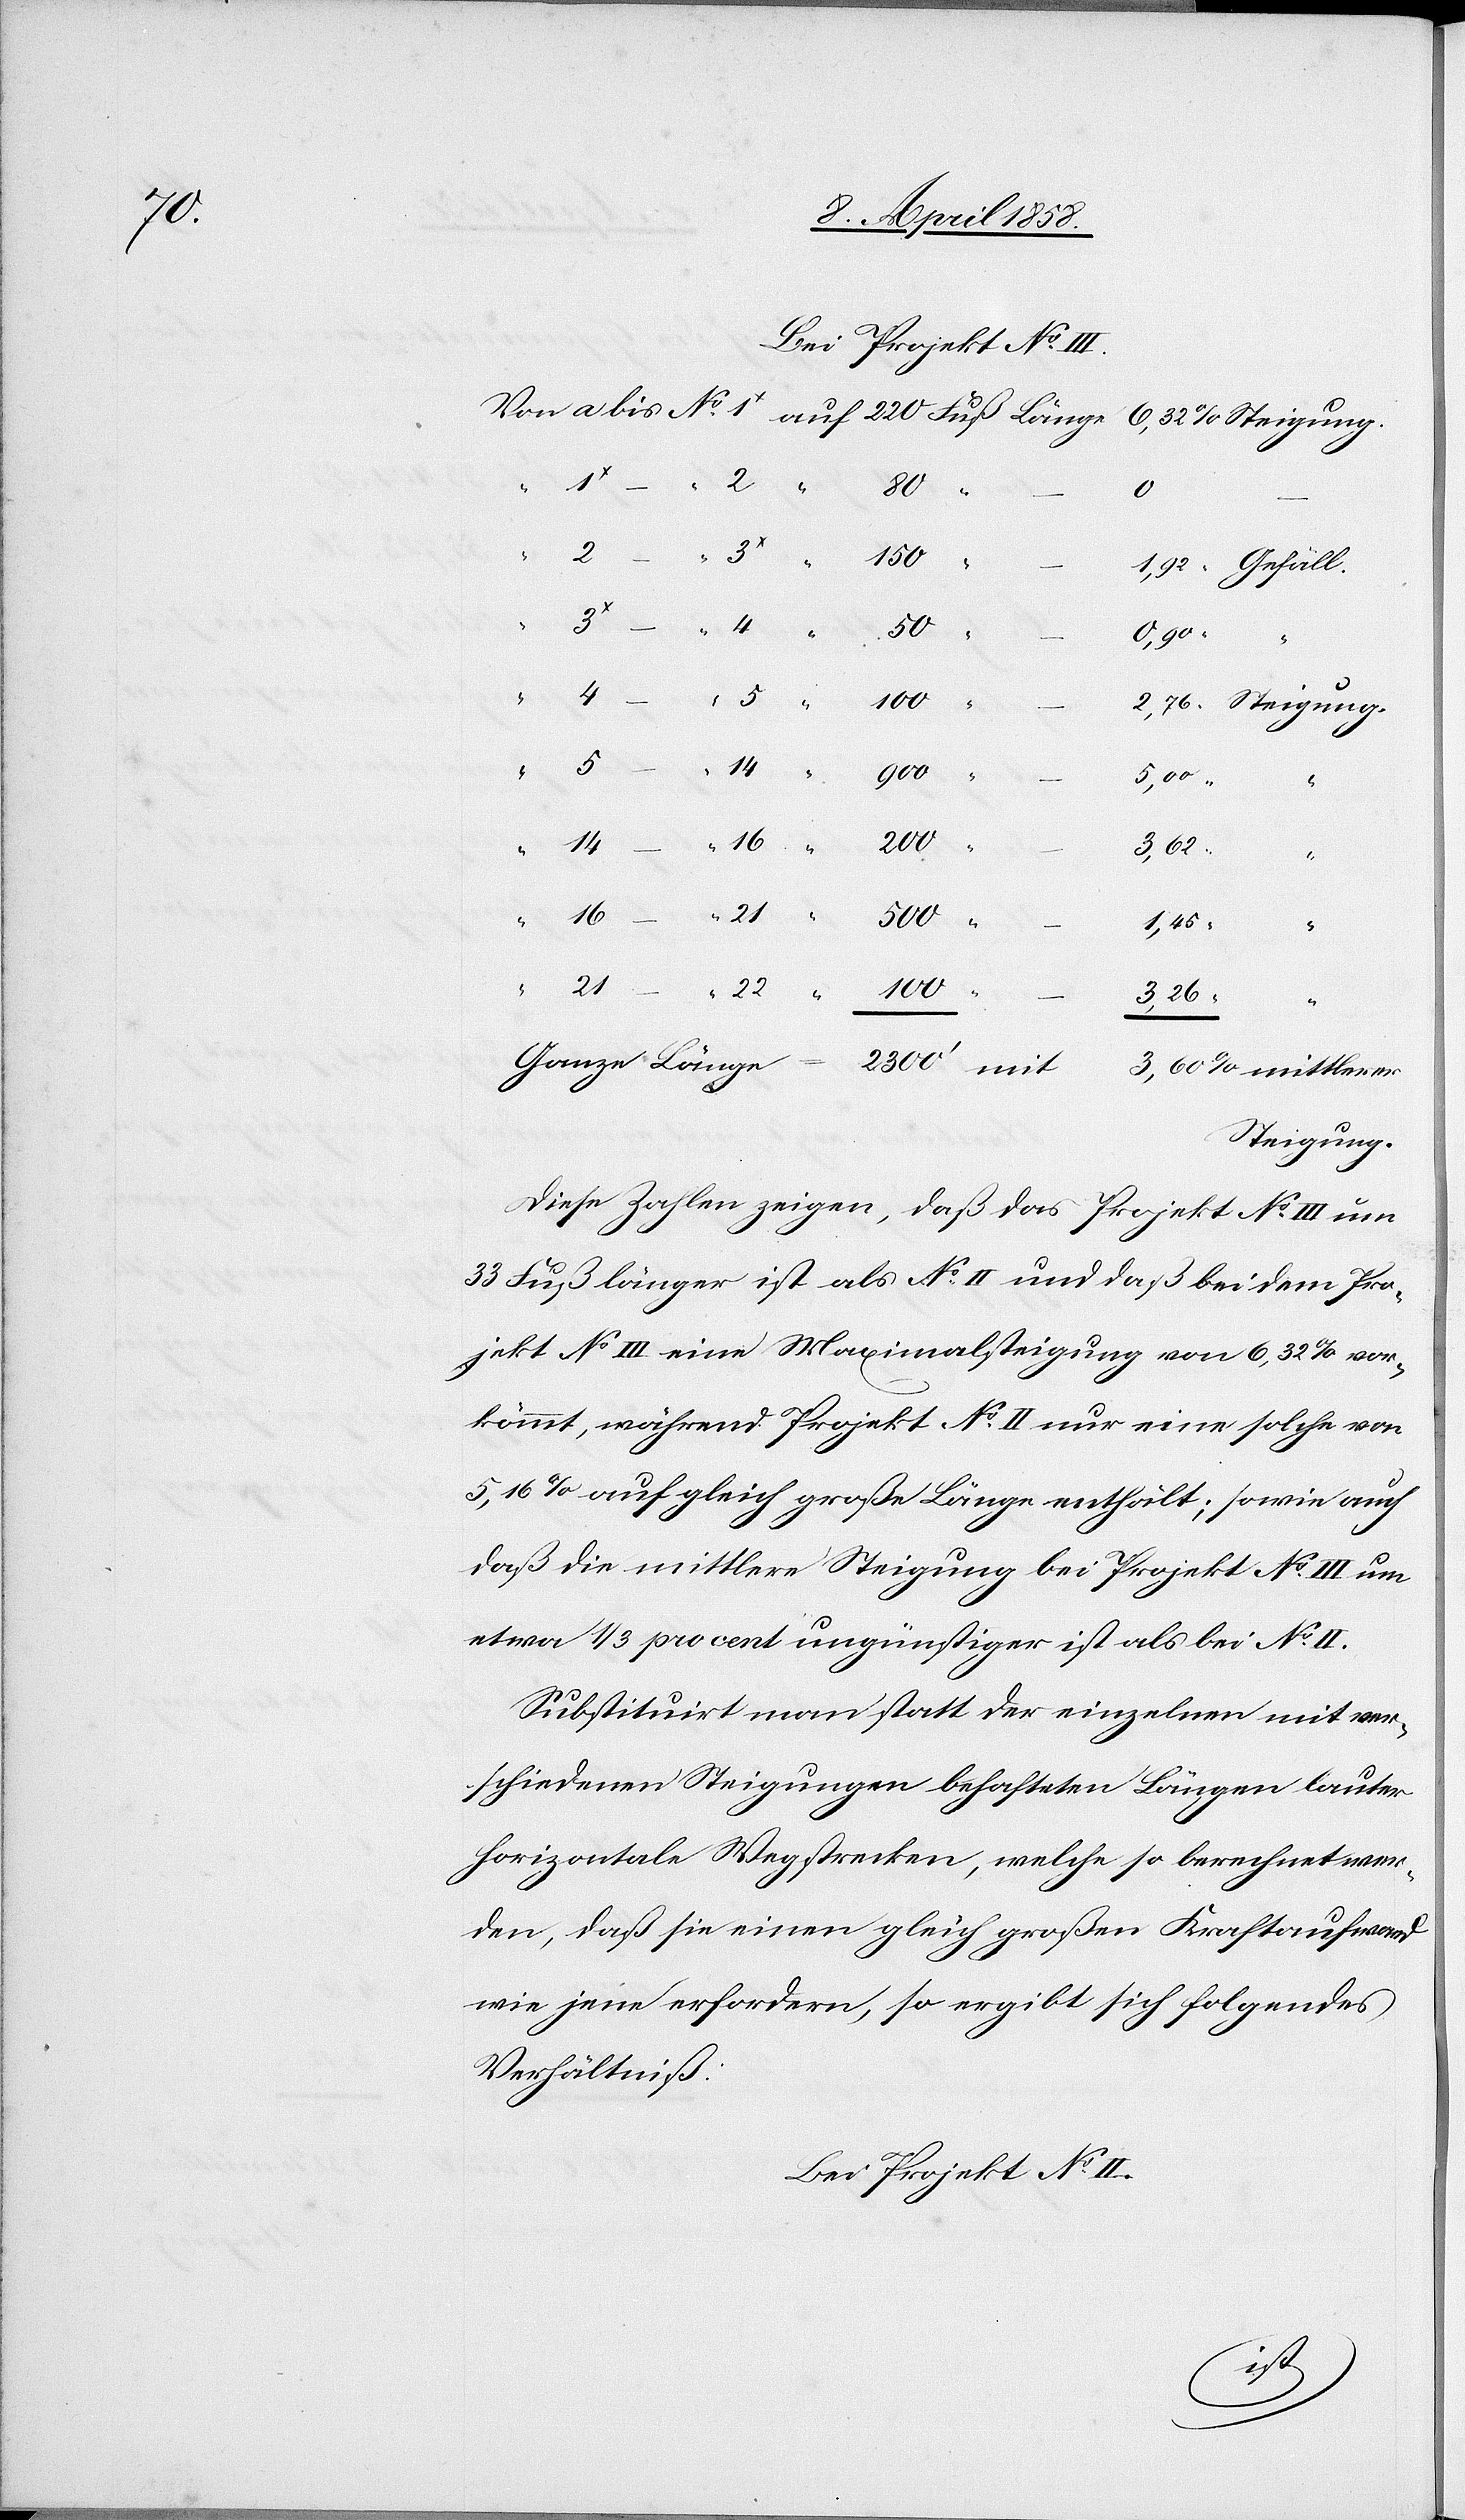
Bei Projekt No III.
150
0,902
4
21
–
“
lerer
100
5,00
2300’
Ge¬
5
3,60
mitt¬
1,45
3,26
Steigung.
Diese Zahlen zeigen, daß das Projekt No III um
33 Fuß länger ist als No II und daß bei dem Pro¬
jekt No III eine Maximalsteigung von 6,32% vor¬
kömmt, während Projekt No II nur eine solche von
5,16% auf gleich große Länge enthält; sowie auch
daß die mittlere Steigung bei Projekt No III um
etwa 1/3 pro cent ungünstiger ist als bei No II.
Substituirt man statt der einzelnen mit ver¬
schiednen Steigungen behafteten Längen lauter
horizontale Wegstrecken, welche so berechnet wer¬
den, daß sie einen gleich großen Kraftaufwand
wie jene erfordern, so ergibt sich folgendes
Verhältniß:
Bei Projekt No II